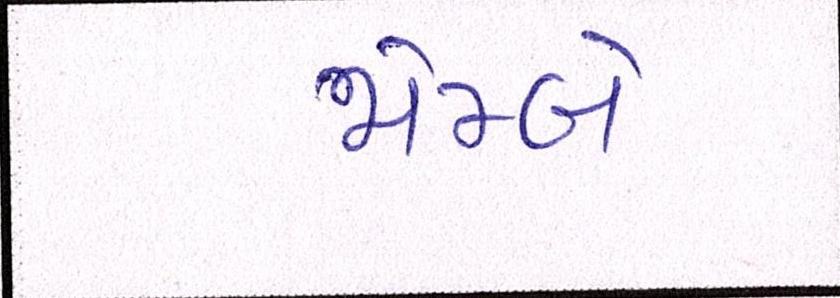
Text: જોમ્બે